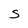
Character: S